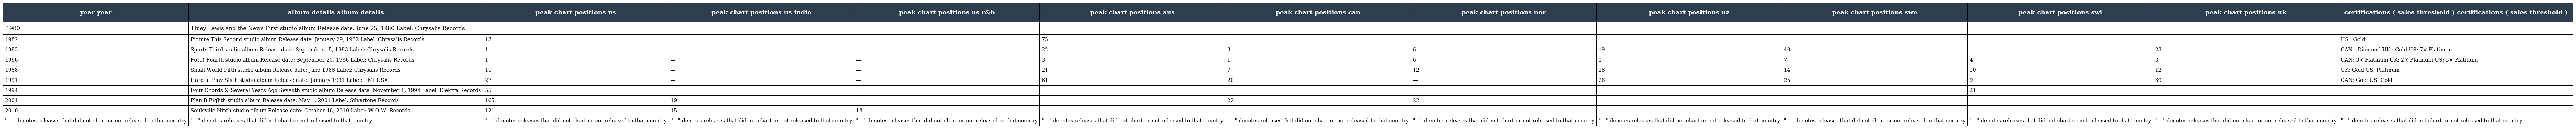
| year year | album details album details | peak chart positions us | peak chart positions us indie | peak chart positions us r&b | peak chart positions aus | peak chart positions can | peak chart positions nor | peak chart positions nz | peak chart positions swe | peak chart positions swi | peak chart positions uk | certifications ( sales threshold ) certifications ( sales threshold ) |
 | --- | --- | --- | --- | --- | --- | --- | --- | --- | --- | --- | --- | --- |
 | 1980 | Huey Lewis and the News First studio album Release date: June 25, 1980 Label: Chrysalis Records | — | — | — | — | — | — | — | — | — | — |  |
 | 1982 | Picture This Second studio album Release date: January 29, 1982 Label: Chrysalis Records | 13 | — | — | 75 | — | — | — | — | — | — | US : Gold |
 | 1983 | Sports Third studio album Release date: September 15, 1983 Label: Chrysalis Records | 1 | — | — | 22 | 3 | 6 | 19 | 40 | — | 23 | CAN : Diamond UK : Gold US: 7× Platinum |
 | 1986 | Fore! Fourth studio album Release date: September 20, 1986 Label: Chrysalis Records | 1 | — | — | 3 | 1 | 6 | 1 | 7 | 4 | 8 | CAN: 3× Platinum UK: 2× Platinum US: 3× Platinum |
 | 1988 | Small World Fifth studio album Release date: June 1988 Label: Chrysalis Records | 11 | — | — | 21 | 7 | 12 | 28 | 14 | 10 | 12 | UK: Gold US: Platinum |
 | 1991 | Hard at Play Sixth studio album Release date: January 1991 Label: EMI USA | 27 | — | — | 61 | 20 | — | 26 | 25 | 9 | 39 | CAN: Gold US: Gold |
 | 1994 | Four Chords & Several Years Ago Seventh studio album Release date: November 1, 1994 Label: Elektra Records | 55 | — | — | — | — | — | — | — | 21 | — |  |
 | 2001 | Plan B Eighth studio album Release date: May 1, 2001 Label: Silvertone Records | 165 | 19 | — | — | 22 | 22 | — | — | — | — |  |
 | 2010 | Soulsville Ninth studio album Release date: October 18, 2010 Label: W.O.W. Records | 121 | 15 | 18 | — | — | — | — | — | — | — |  |
 | "—" denotes releases that did not chart or not released to that country | "—" denotes releases that did not chart or not released to that country | "—" denotes releases that did not chart or not released to that country | "—" denotes releases that did not chart or not released to that country | "—" denotes releases that did not chart or not released to that country | "—" denotes releases that did not chart or not released to that country | "—" denotes releases that did not chart or not released to that country | "—" denotes releases that did not chart or not released to that country | "—" denotes releases that did not chart or not released to that country | "—" denotes releases that did not chart or not released to that country | "—" denotes releases that did not chart or not released to that country | "—" denotes releases that did not chart or not released to that country | "—" denotes releases that did not chart or not released to that country |